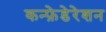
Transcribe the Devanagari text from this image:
कन्फ़ेडेरेशन